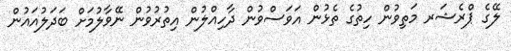
ލޭގެ ޕްރެޝަރ މަތިވުން ހިތުގެ ތެޅުން އަވަސްވުން ދާހިއްލުން އިތުރުވުން ނޭވާލުމަށް ބަދަލުއައުން